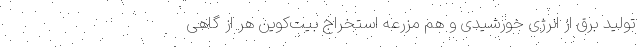
تولید برق از انرژی خورشیدی و هم مزرعه استخراج بیت‌کوین هر از گاهی